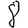
Digit: 8